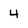
Character: 4